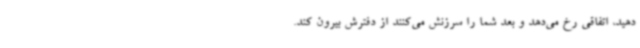
دهید، اتفاقی رخ می‌دهد و بعد شما را سرزنش می‌کنند از دفترش بیرون کند.